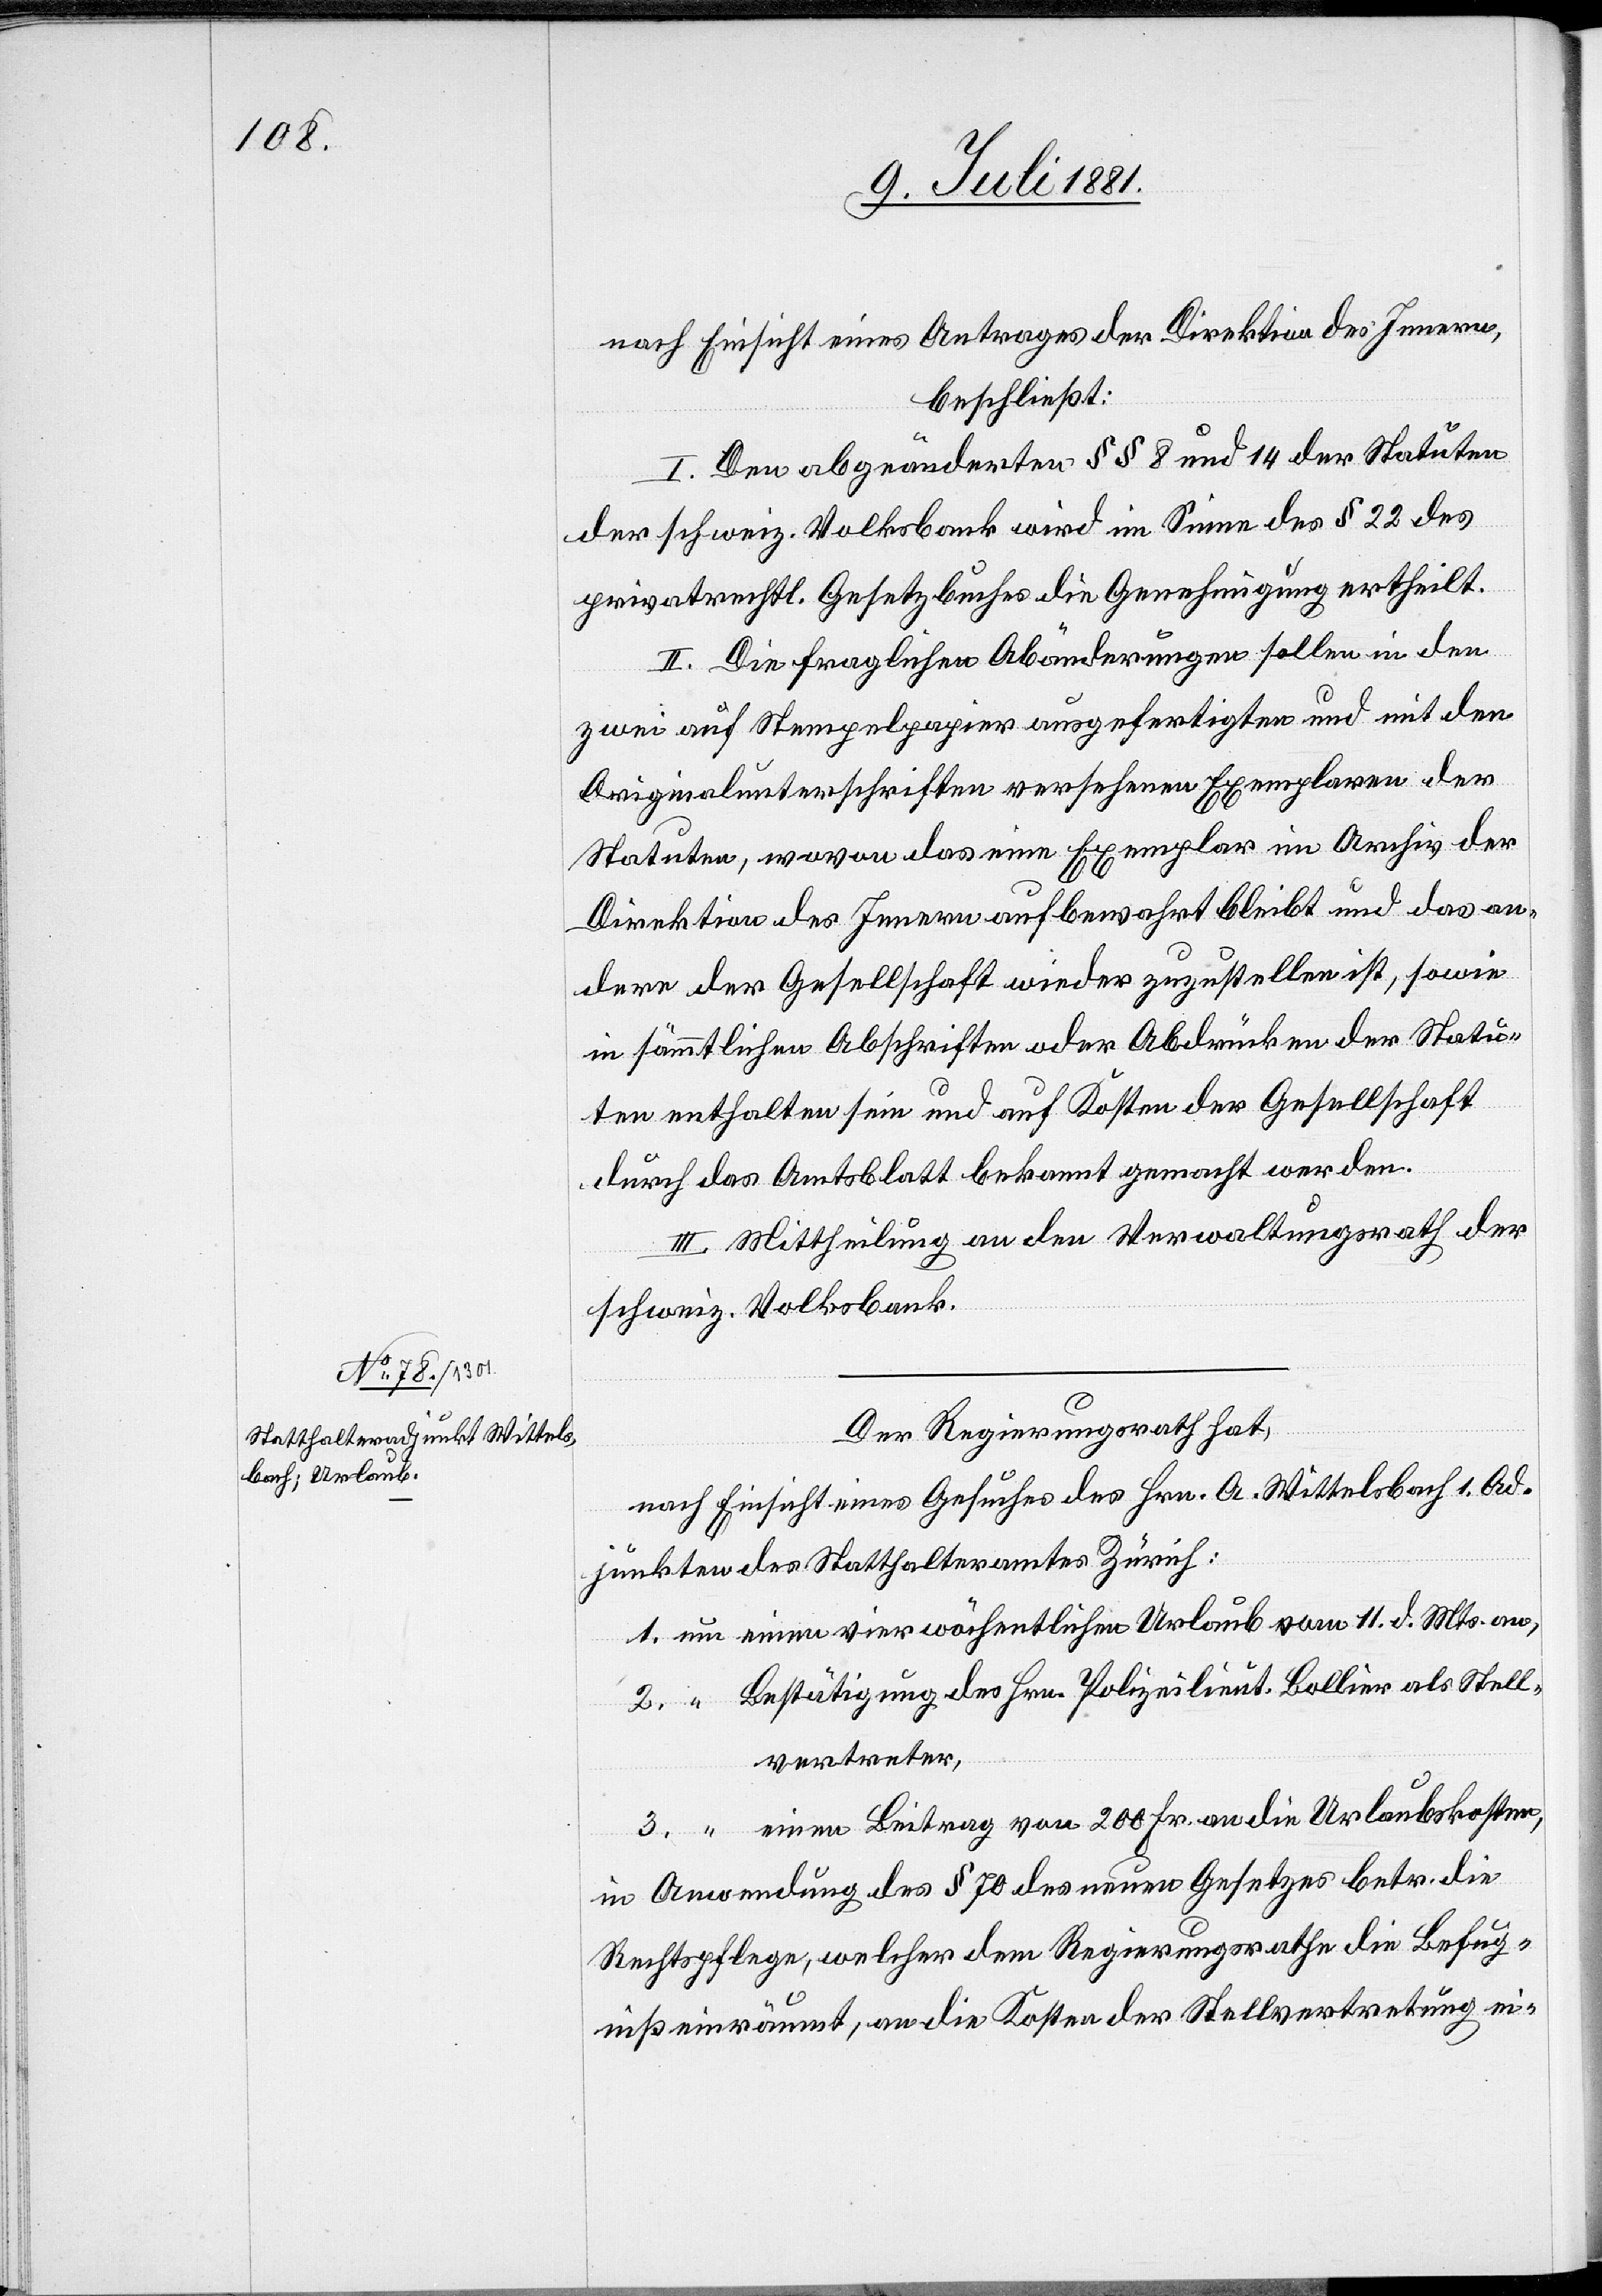
11. d. Mts.

nach Einsicht eines Antrages der Direktion des Innern,
beschließt:
2.
I. Den abgeänderten §§ 8 und 14 der Statuten
der schweiz. Volksbank wird im Sinne des § 22 des
privatrechtl. Gesetzbuches die Genehmigung ertheilt.
II. Die fraglichen Abänderungen sollen in den
zwei auf Stempelpapier ausgefertigten und mit den
Originalunterschriften versehenen Exemplaren der
Statuten, wovon das eine Exemplar im Archiv der
Direktion des Innern aufbewahrt bleibt und das an¬
dere der Gesellschaft wieder zuzustellen ist, sowie
in sämmtlichen Abschriften oder Abdrücken der Statu¬
an,
ten enthalten sein und auf Kosten der Gesellschaft
durch das Amtsblatt bekannt gemacht werden.
III Mittheilung an den Verwaltungsrath der
schweiz. Volksbank.
Der Regierungsrath,
nach Einsicht eines Gesuches des Hrn. A. Wittelsbach 1. Ad¬
junkten des Statthalteramtes Zürich:
Bestätigung des Hrn. Polizeilieut. Bollier als Stell¬
vertreter,
einen Beitrag von 200 Fr. an die Urlaubskosten,
in Anwendung des § 70 des neuen Gesetzes betr. die
Rechtspflege, welcher dem Regierungsrath die Befug¬
niß einräumt, an die Kosten der Stellvertretung ei-